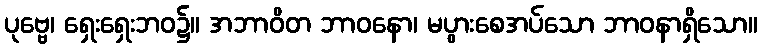
ပုဗ္ဗေ၊ ရှေးရှေးဘဝ၌။ အဘာဝိတ ဘာဝနော၊ မပွားစေအပ်သော ဘာဝနာရှိသော။